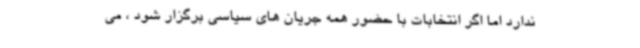
ندارد اما اگر انتخابات با حضور همه جریان های سیاسی برگزار شود ، می